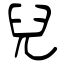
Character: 兒